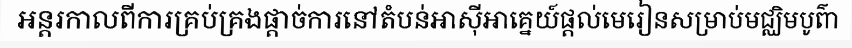
អន្តរកាលពីការគ្រប់គ្រងផ្តាច់ការនៅតំបន់អាស៊ីអាគ្នេយ៍ផ្តល់មេរៀនសម្រាប់មជ្ឈិមបូព៌ា